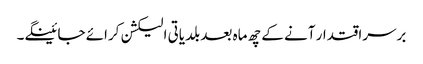
برسراقتدار آنے کے چھ ماہ بعد بلدیاتی الیکشن کرائے جائینگے۔